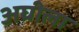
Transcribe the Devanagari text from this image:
अघीला